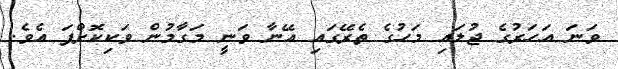
ވަނަ އަހަރުގެ ޖުލައި މަހުގެ ތެރޭގައި އޭނާ ވަނީ މަގާމުން ވަކިކޮށްފަ އެވެ.